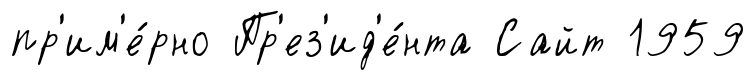
пр'им'е́рно Пр'ез'ид'е́нта Сайт 1959